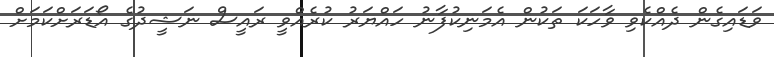
ވަޑައިގެން ދެއްކެވި ވާހަކަ ތަކުން އެމަނިކުފާނު ހައްޔަރު ކުރެއްވީ ރައީސް ނަޝީދުގެ އޯޑަރަށްކަމަށް